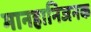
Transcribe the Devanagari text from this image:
मानहानिजनक